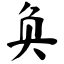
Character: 奂